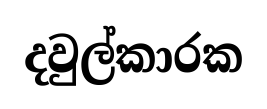
දවුල්කාරක